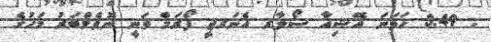
: 3:49 ހަވަނަ އޭޝިއާ ސޯލާރ އެނަރޖީ ފޯރަމް ވަނީ ނޮވެމްބަރު މަހުގެ